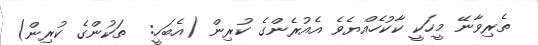
ތެރިވާނޭ މީހަކީ ކާކުހެއްޔެވެ އެއުރެންގެ ކުރިން (އެބަހީ:  ތަކުންގެ ކުރިން)